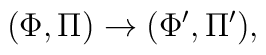
(\Phi,\Pi) \rightarrow (\Phi',\Pi'),